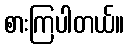
စားကြပါတယ်။